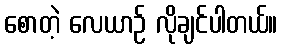
စောတဲ့ လေယာဉ် လိုချင်ပါတယ်။